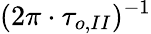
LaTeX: (2\pi\cdot\tau_{o,II})^{-1}